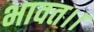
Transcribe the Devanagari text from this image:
भावत।।